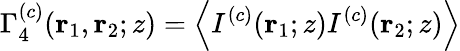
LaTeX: \Gamma_{4}^{(c)}(\mathbf{r}_{1},\mathbf{r}_{2};z)=\left\langle I^{(c)}(\mathbf{r}_{1};z)I^{(c)}(\mathbf{r}_{2};z)\right\rangle